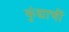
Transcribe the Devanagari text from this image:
कुंद्याचीं